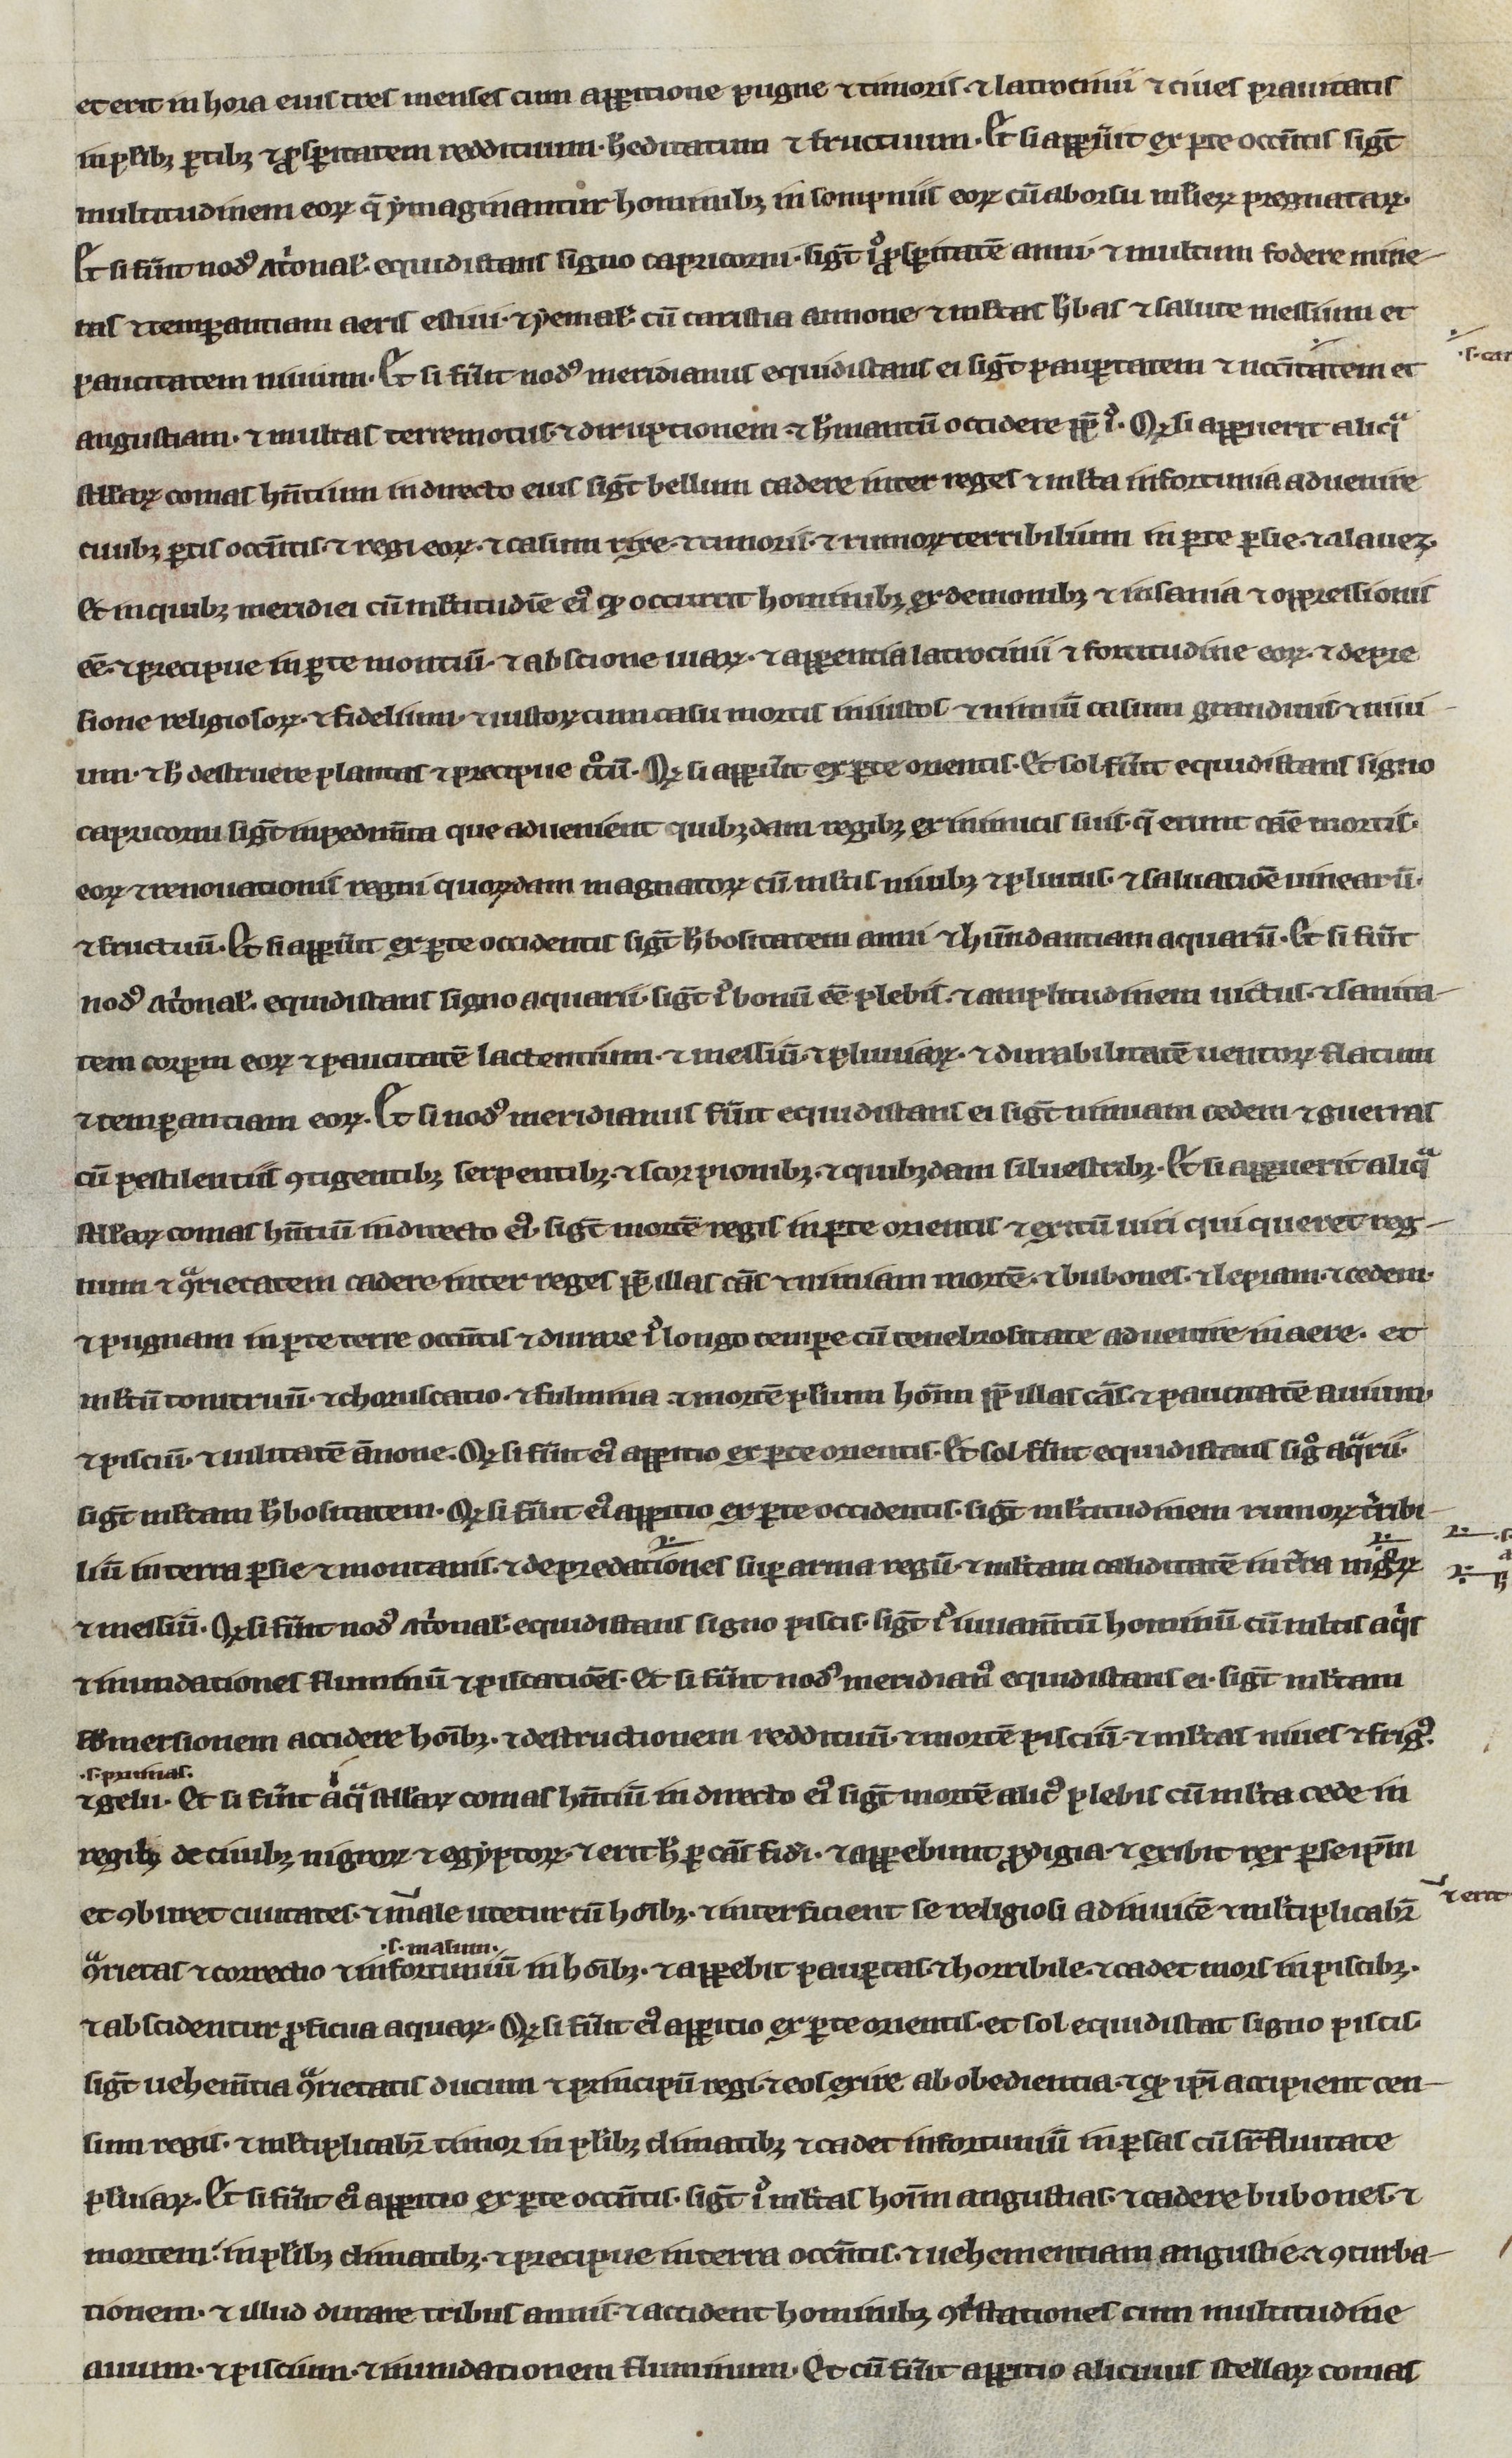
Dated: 1200–1299